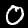
Digit: 0